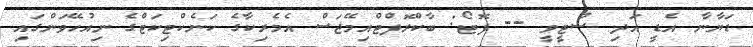
ޑަޔާނާ އެޑީ އަދި ސްޓީވީ -- ފޮޓޯ: ބާކްރޮފްޓްއިމޭޖަސް އެމެރިކާގެ ކަނެކްޓިކަޓްގެ ނިއުހޭވަންގައި